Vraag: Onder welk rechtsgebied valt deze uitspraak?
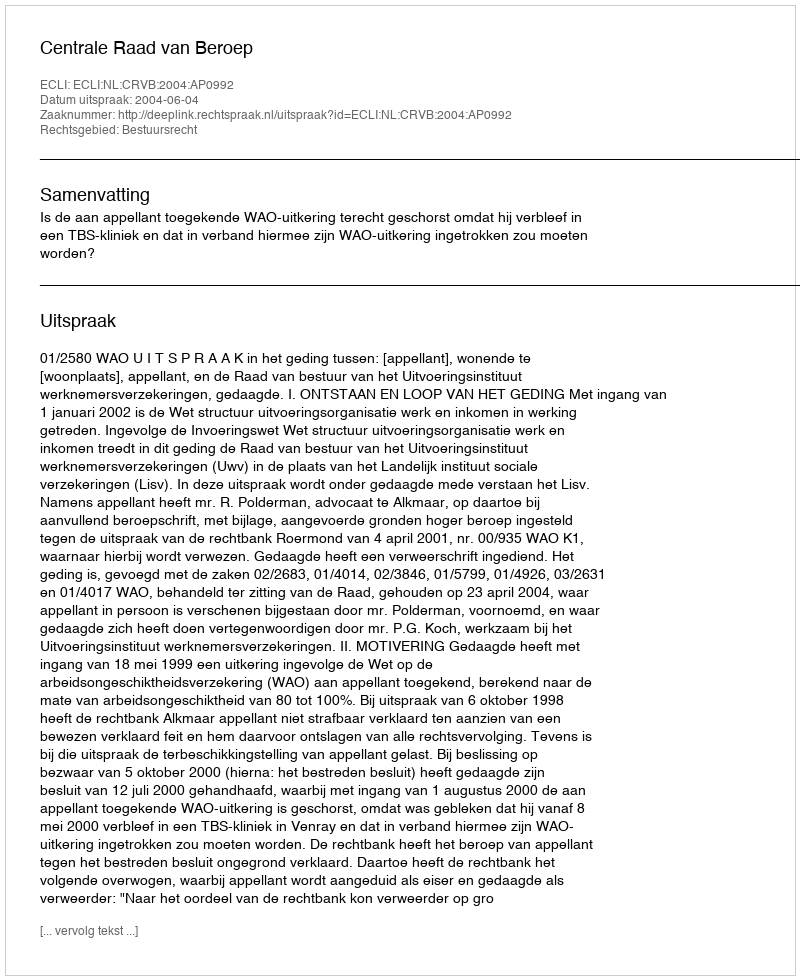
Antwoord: Bestuursrecht